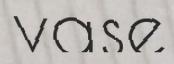
vase